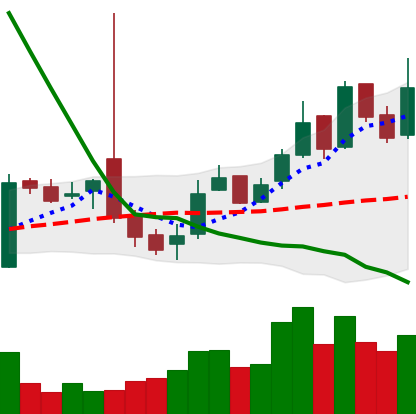
Ticker: LTC-USD
Chart end date: 2016-11-01
Forward return: -4.87%
Label: down_3_5